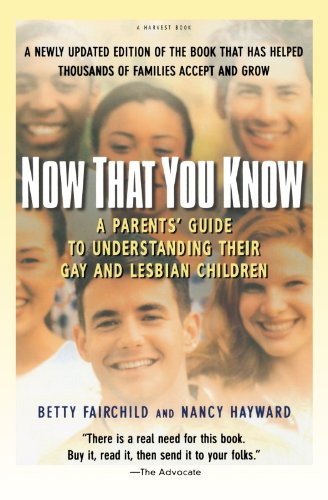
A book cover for Now That You Know: A Parents' Guide to Understanding Their Gay and Lesbian Children, Updated Edition; Betty Fairchild; Gay & Lesbian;